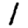
Digit: 1